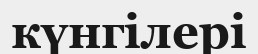
күнгілері